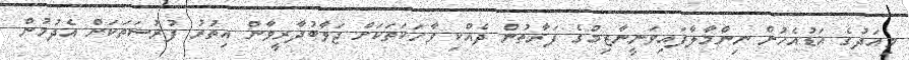
މިއަދުގެ އަޑުއެހުން ނިންމާލާފައިވަނީނާޒިމްގެ ފަރާތުން ދެއްކި ވާހަކަތަކަށް ޖަވާބުދާރީވާން އިތުރު ފުރުސަތަކަށް އެދުމުން